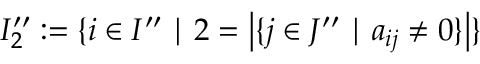
I _ { 2 } ^ { \prime \prime } : = \{ i \in I ^ { \prime \prime } \mid 2 = \left| \{ j \in J ^ { \prime \prime } \mid a _ { i j } \neq 0 \} \right| \}